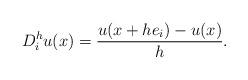
LaTeX: \begin{align*}D_i^{h} u (x) = \frac{u(x+ he_i) - u(x)}{h}.\end{align*}